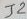
Text: J2